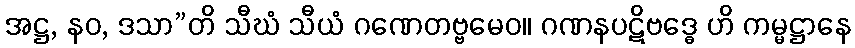
အဋ္ဌ, နဝ, ဒသာ”တိ သီဃံ သီယံ ဂဏေတဗ္ဗမေဝ။ ဂဏနပဋိဗဒ္ဓေ ဟိ ကမ္မဋ္ဌာနေ